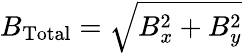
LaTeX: B_{\mathrm{Total}}=\sqrt{B_{x}^{2}+B_{y}^{2}}